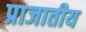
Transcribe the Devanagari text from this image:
प्राजातीय